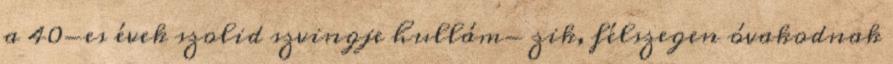
a 40-es évek szolid szvingje hullám- zik, félszegen óvakodnak